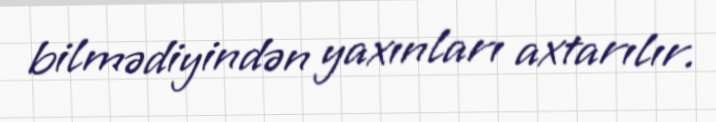
bilmədiyindən yaxınları axtarılır.